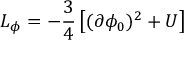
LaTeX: { \cal L } _ { \phi } = - \frac { 3 } { 4 } \left[ ( \partial \phi _ { 0 } ) ^ { 2 } + U \right]